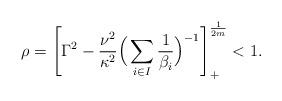
LaTeX: \begin{align*}\rho =\left[\Gamma^2-\frac{\nu^2}{\kappa^2}\Big(\sum_{i\in I}\frac{1}{\beta_i}\Big)^{-1}\right]_+^{\frac{1}{2m}}<1.\end{align*}